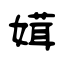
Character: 媶